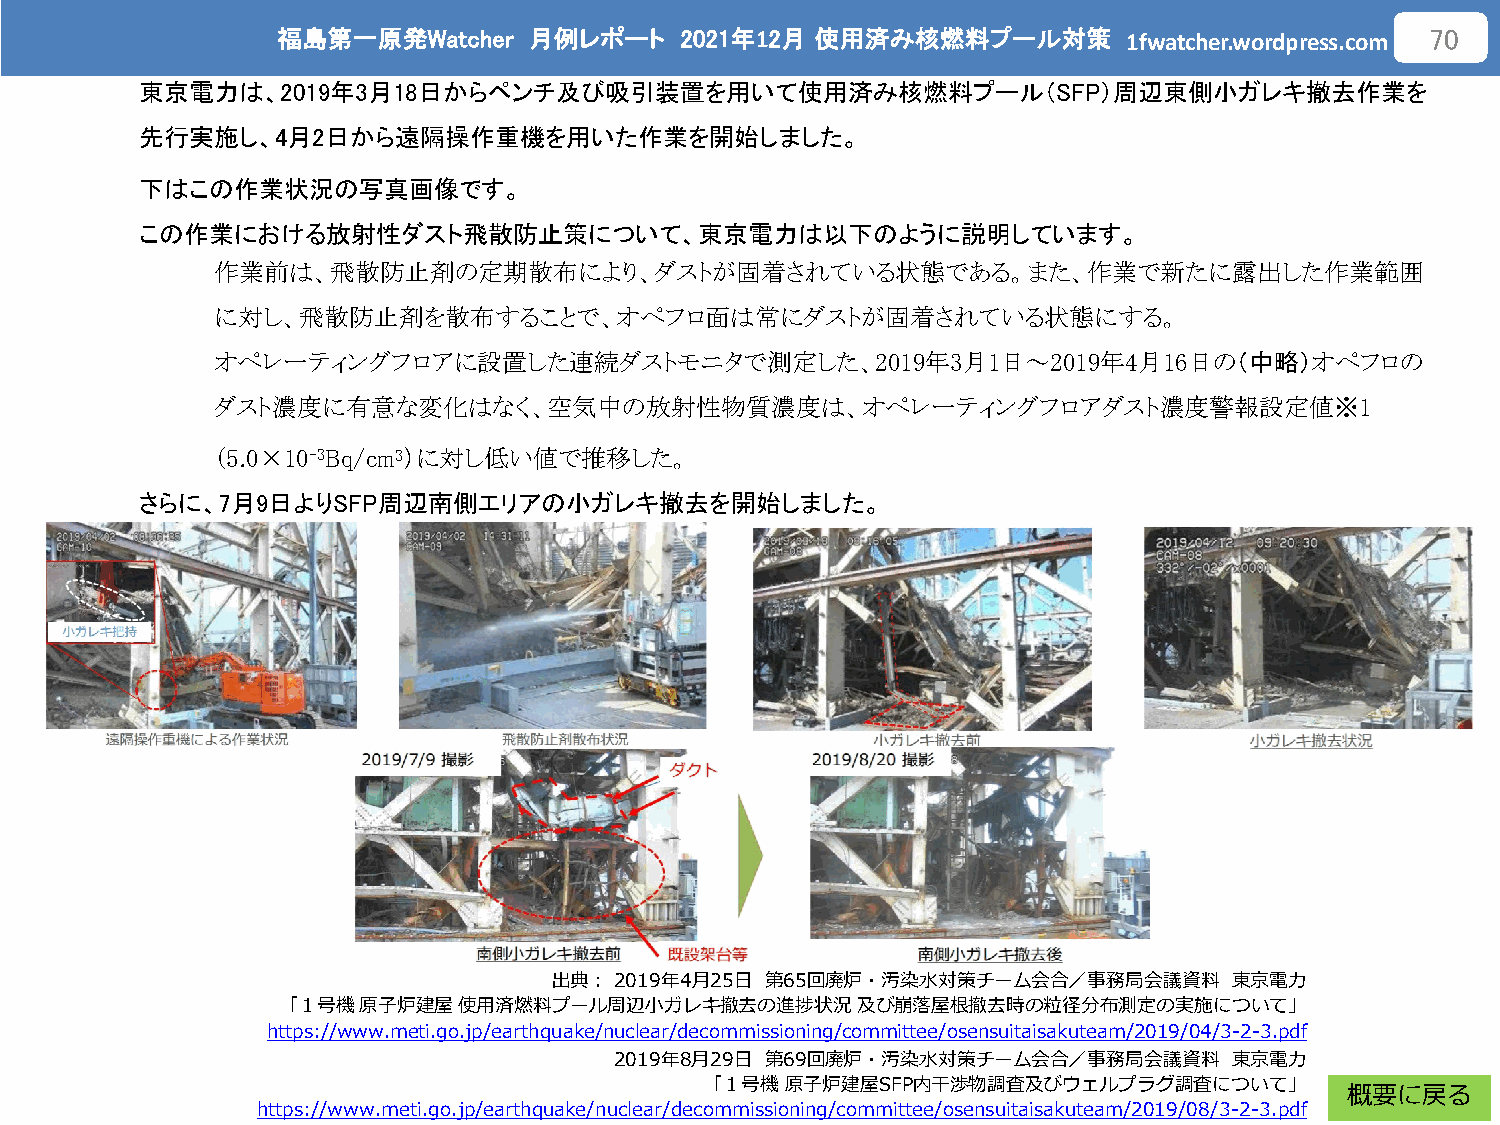
福島第一原発Watcher    月例レポート    2021年12月 使用済み核燃料プール対策
 1fwatcher.wordpress.com
 70
 東京電力は、2019年3月18日からペンチ及び吸引装置を用いて使用済み核燃料プール（SFP）周辺東側小ガレキ撤去作業を
 先行実施し、4月2日から遠隔操作重機を用いた作業を開始しました。
 下はこの作業状況の写真画像です。
 この作業における放射性ダスト飛散防止策について、東京電力は以下のように説明しています。
 作業前は、飛散防止剤の定期散布により、ダストが固着されている状態である。また、作業で新たに露出した作業範囲
 に対し、飛散防止剤を散布することで、オペフロ面は常にダストが固着されている状態にする。
 オペレーティングフロアに設置した連続ダストモニタで測定した、2019年3月1日～2019年4月16日の（中略）オペフロの
 ダスト濃度に有意な変化はなく、空気中の放射性物質濃度は、オペレーティングフロアダスト濃度警報設定値※1
 （5.0×10-3Bq/cm3）に対し低い値で推移した。
 さらに、7月9日よりSFP周辺南側エリアの小ガレキ撤去を開始しました。
 出典：2019年4月25日 第65回廃炉・汚染水対策チーム会合／事務局会議資料      東京電力
 「１号機原子炉建屋使用済燃料プール周辺小ガレキ撤去の進捗状況及び崩落屋根撤去時の粒径分布測定の実施について」
 https://www.meti.go.jp/earthquake/nuclear/decommissioning/committee/osensuitaisakuteam/2019/04/3-2-3.pdf
 2019年8月29日 第69回廃炉・汚染水対策チーム会合／事務局会議資料     東京電力
 「１号機原子炉建屋SFP内干渉物調査及びウェルプラグ調査について」
 概要に戻る
 https://www.meti.go.jp/earthquake/nuclear/decommissioning/committee/osensuitaisakuteam/2019/08/3-2-3.pdf